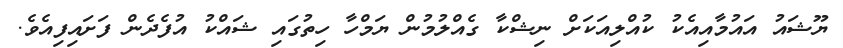
ޔޫޝައު އައުމާއިއެކު ކުއްލިއަކަށް ނިޝްކާ ގެއްލުމުން ޔަމްހާ ހިތުގައި ޝައްކު އުފެދެން ފަށައިފިއެވެ.